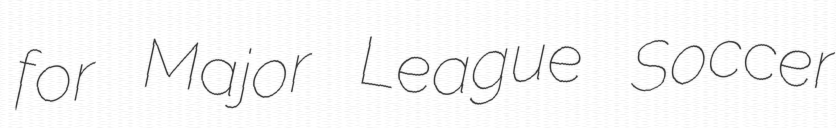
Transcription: for Major League Soccer